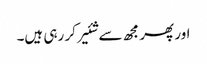
اور پھر مجھ سے شئیر کر رہی ہیں۔